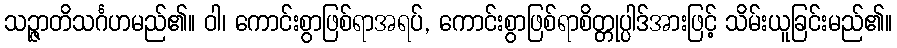
သဉ္ဇာတိသင်္ဂဟမည်၏။ ဝါ၊ ကောင်းစွာဖြစ်ရာအရပ်, ကောင်းစွာဖြစ်ရာစိတ္တုပ္ပါဒ်အားဖြင့် သိမ်းယူခြင်းမည်၏။